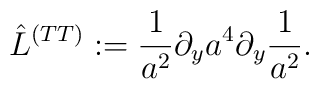
\hat L^{(TT)}:={1\over a^2}\partial_y a^4\partial_y {1\over a^2}.